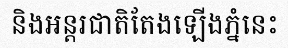
និងអន្តរជាតិតែងឡើងភ្នំនេះ